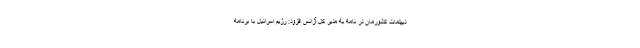
دیپلمات کشورمان در نامه به مدیر کل آژانس افزود: رژیم اسرائیل با برنامه